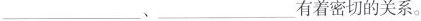
___、___有着密切的关系。